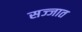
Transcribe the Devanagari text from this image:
सज्जात